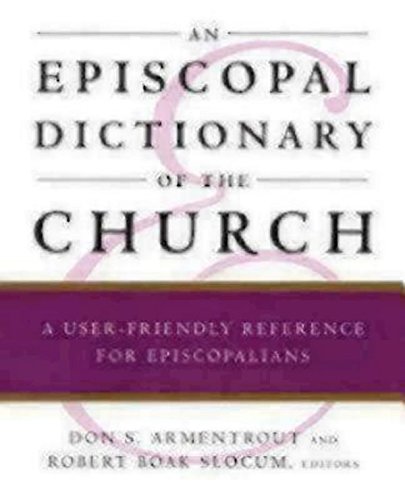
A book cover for An Episcopal Dictionary of the Church: A User-Friendly Reference for Episcopalians; Robert Boak Slocum; Christian Books & Bibles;